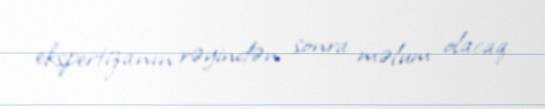
ekspertizanın rəyindən sonra məlum olacaq.